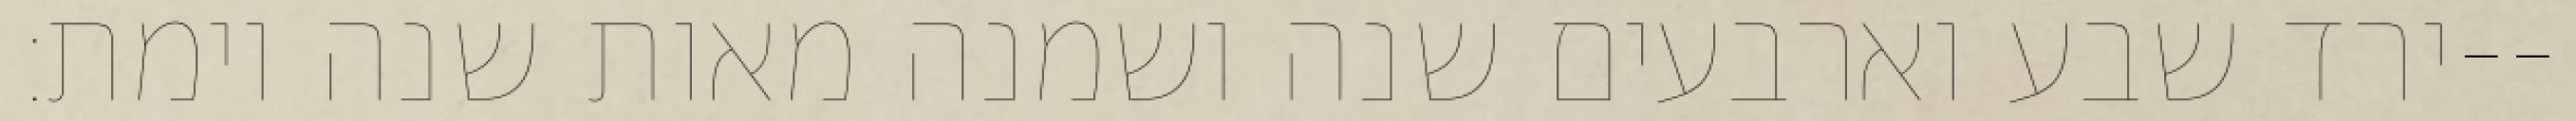
ירד שבע וארבעים שנה ושמנה מאות שנה וימת׃--